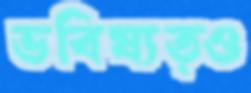
ভবিষ্যত্ও